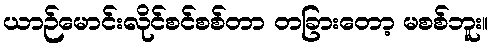
ယာဉ်မောင်းလိုင်စင်စစ်တာ တခြားတော့ မစစ်ဘူး။